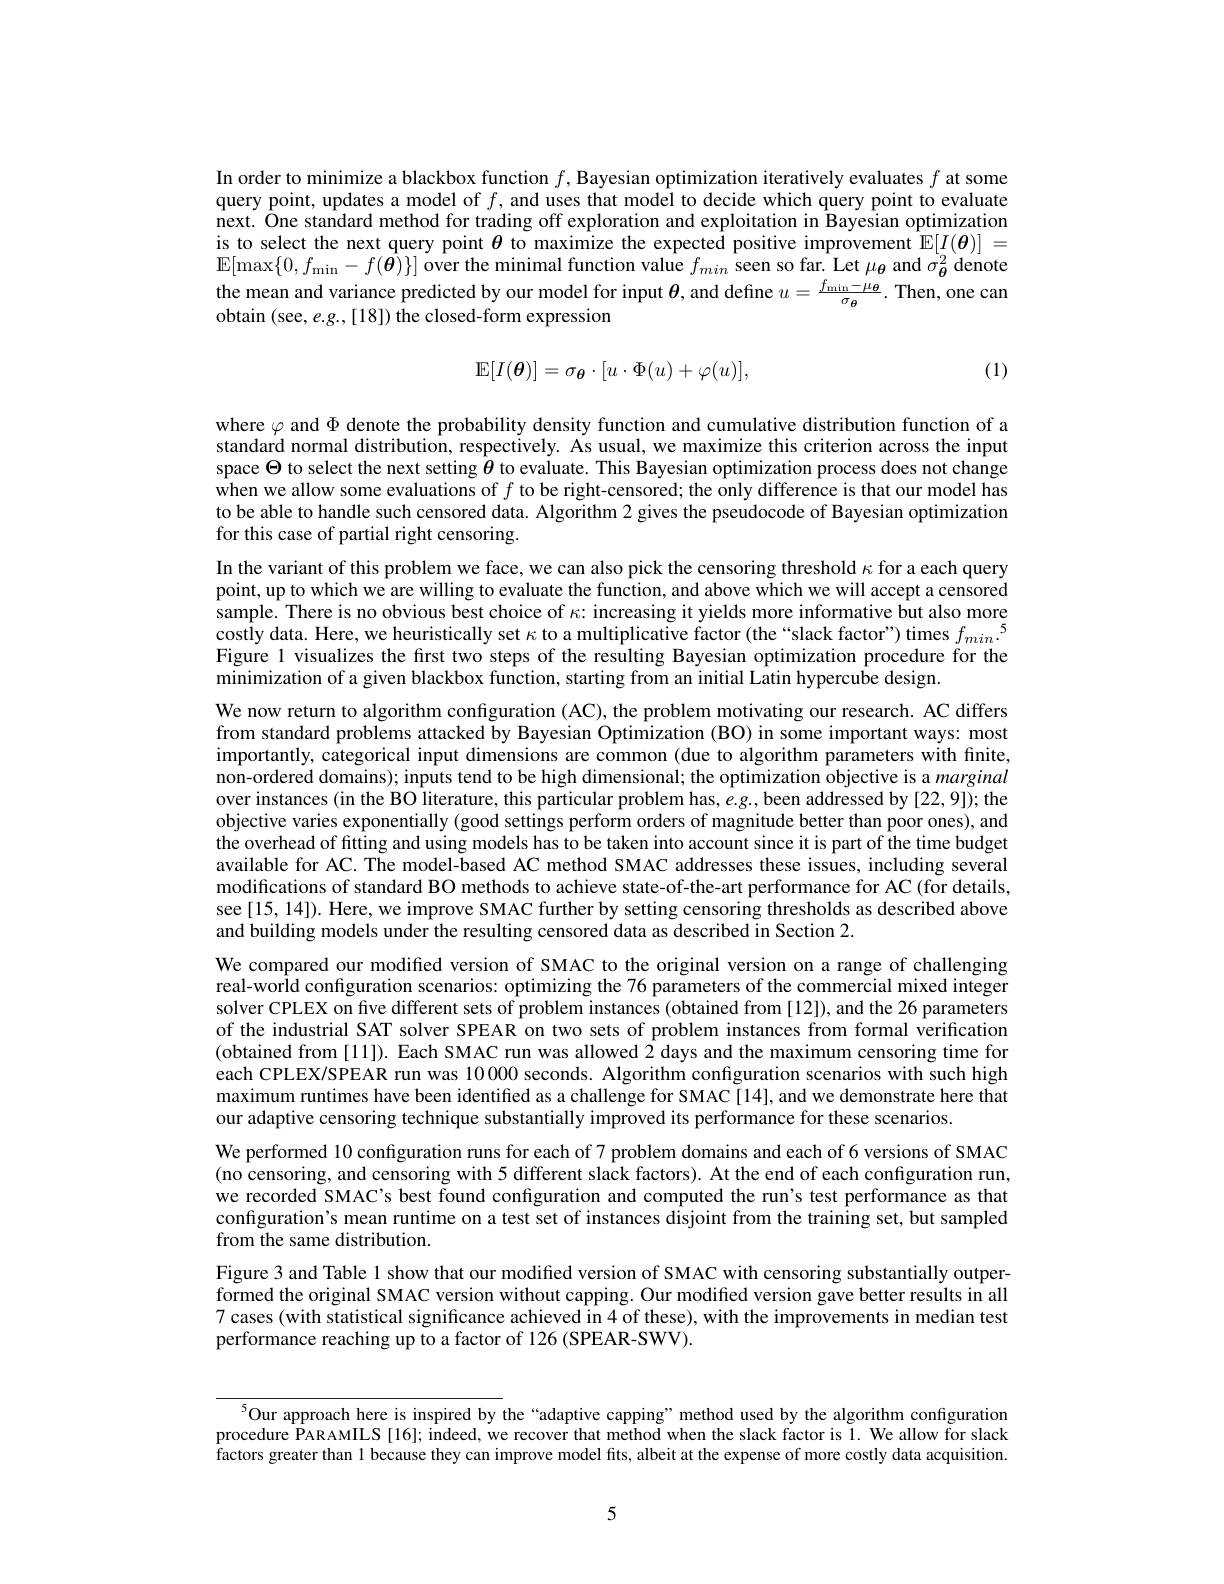
In order to minimize a blackbox function $f$, Bayesian optimization iteratively evaluates $f$ at some query point, updates a model of $f$, and uses that model to decide which query point to evaluate next. Ône standard method for trading off exploration and exploitation in Bayesian optimization is to select the next query point $\theta$ to maximize the expected positive improvement $\mathbb{E}[I(\boldsymbol{\theta})]=$ $\mathbb{E}[\max\{0,f_{\min}-f(\hat{\boldsymbol{\theta}})\}]$ over the minimal function value $f_min$ seen so far. Let $\mu_{\theta}$ and $\sigma_{\theta}^{2}$ denote the mean and variance predicted by our model for input $\boldsymbol{\theta}$, and define $u=\frac{f_\mathrm{min}-\mu_{\boldsymbol{\theta}}}{\sigma_{\boldsymbol{\theta}}}.$ Then, one can obtain (see, e.g.,[18]) the closed-form expression
$$\mathbb{E}[I(\boldsymbol{\theta})]=\sigma_{\boldsymbol{\theta}}\cdot[u\cdot\Phi(u)+\varphi(u)],$$
(1)

where $\varphi$ and $\Phi$ denote the probability density function and cumulative distribution function of a standard normal distribution, respectively. As usual, we maximize this criterion across the input space $\Theta$ to select the next setting $\theta$ to evaluate. This Bayesian optimization process does not change when we allow some evaluations of $f$ to be right-censored; the only difference is that our model has to be able to handle such censored data. Algorithm 2 gives the pseudocode of Bayesian optimization for this case of partial right censoring.
In the variant of this problem we face, we can also pick the censoring threshold $\kappa$ for a each query point, up to which we are willing to evaluate the function, and above which we will accept a censored sample. There is no obvious best choice of $\kappa{:}$ increasing it yields more informative but also more costly data. Here, we heuristically set $\kappa$ to a multiplicative factor (the“slack factor”) times $f_{min}.^5$ Figure 1 visualizes the first two steps of the resulting Bayesian optimization procedure for the minimization of a given blackbox function, starting from an initial Latin hypercube design.
We now return to algorithm configuration (AC), the problem motivating our research. AC differs from standard problems attacked by Bayesian Optimization (BO) in some important ways: most importantly, categorical input dimensions are common (due to algorithm parameters with finite, non-ordered domains); inputs tend to be high dimensional; the optimization objective is a marginal over instances (in the BO literature, this particular problem has, $e.g.$, been addressed by [22,9]); the objective varies exponentially (good settings perform orders of magnitude better than poor ones), and the overhead of fitting and using models has to be taken into account since it is part of the time budget available for AC. The model-based AC method SMAC addresses these issues, including several modifications of standard BO methods to achieve state-of-the-art performance for AC (for details, see[15,14]). Here, we improve SMAC further by setting censoring thresholds as described above and building models under the resulting censored data as described in Section 2.
We compared our modifed version of SMAC to the original version on a range of challenging real-world configuration scenarios: optimizing the 76 parameters of the commercial mixed integer solver CPLEX on five different sets of problem instances (obtained from [12]), and the 26 parameters of the industrial SAT solver SPEAR on two sets of problem instances from formal verification (obtained from [11]). Each SMAC run was allowed 2 days and the maximum censoring time for each CPLEX/SPEAR run was 10000 seconds. Algorithm configuration scenarios with such high maximum runtimes have been identified as a challenge for SMAC [14], and we demonstrate here that our adaptive censoring technique substantially improved its performance for these scenarios.
We performed 10 configuration runs for each of 7 problem domains and each of 6 versions of SMAC (no censoring, and censoring with 5 different slack factors). At the end of each configuration run, we recorded SMAC's best found confguration and computed the run's test performance as that configuration's mean runtime on a test set of instances disjoint from the training set, but sampled from the same distribution.
Figure 3 and Table 1 show that our modified version of SMAC with censoring substantially outperformed the original SMAC version without capping. Our modified version gave better results in all 7 cases (with statistical significance achieved in 4 of these), with the improvements in median test performance reaching up to a factor of 126 (SPEAR-SWV).

$^{5}$Our approach here is inspired by the“adaptive capping”method used by the algorithm configuration$^{5}$procedure PARAMILS[16]; indeed, we recover that method when the slack factor is l. We allow for slack factors greater than 1 because they can improve model fits, albeit at the expense of more costly data acquisition.

5